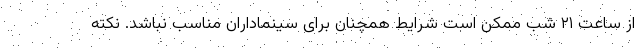
از ساعت ۲۱ شب ممکن است شرایط همچنان برای سینماداران مناسب نباشد. نکته